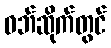
ဝဘ်ဆိုက်တွင်